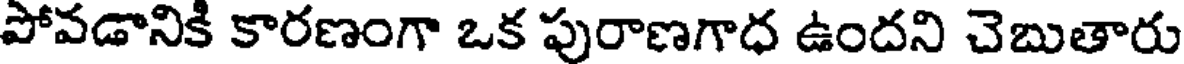
పోవడానికి కారణంగా ఒక పురాణగాధ ఉందని చెబుతారు